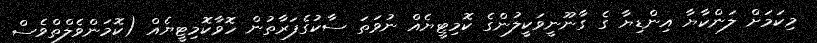
މިކަމަށް ލަންކާޔާ އިންޑިޔާ ގެ ގާނޫނީވަކީލުންގެ ކޮމިޓީޔެއް ނުވަތަ ސާކުގެފަރާތުން ހޮވާކޮމިޓީޔެއް (ކޮމަންވެލްތްވެސް